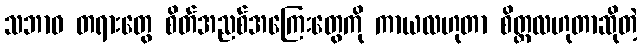
သဘာဝ တရားတွေ စိတ်အညစ်အကြေးတွေကို ကာယလဟုတာ စိတ္တလဟုတာဆိုတဲ့